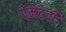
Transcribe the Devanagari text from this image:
पेमेंटची